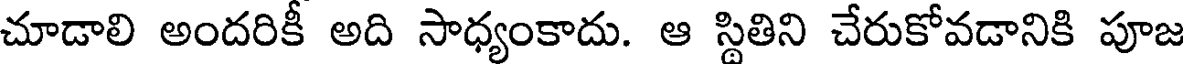
చూడాలి అందరికీ అది సాధ్యంకాదు. ఆ స్థితిని చేరుకోవడానికి పూజ